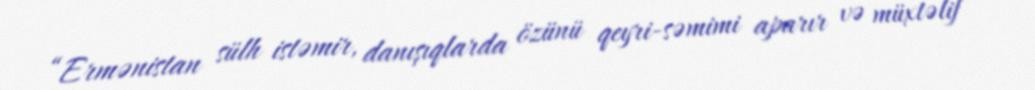
“Ermənistan sülh istəmir, danışıqlarda özünü qeyri-səmimi aparır və müxtəlif